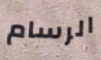
الرسام